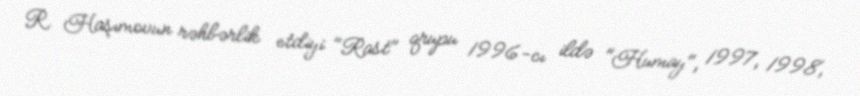
R. Haşımovun rəhbərlik etdiyi "Rast" qrupu 1996-cı ildə "Humay", 1997, 1998,